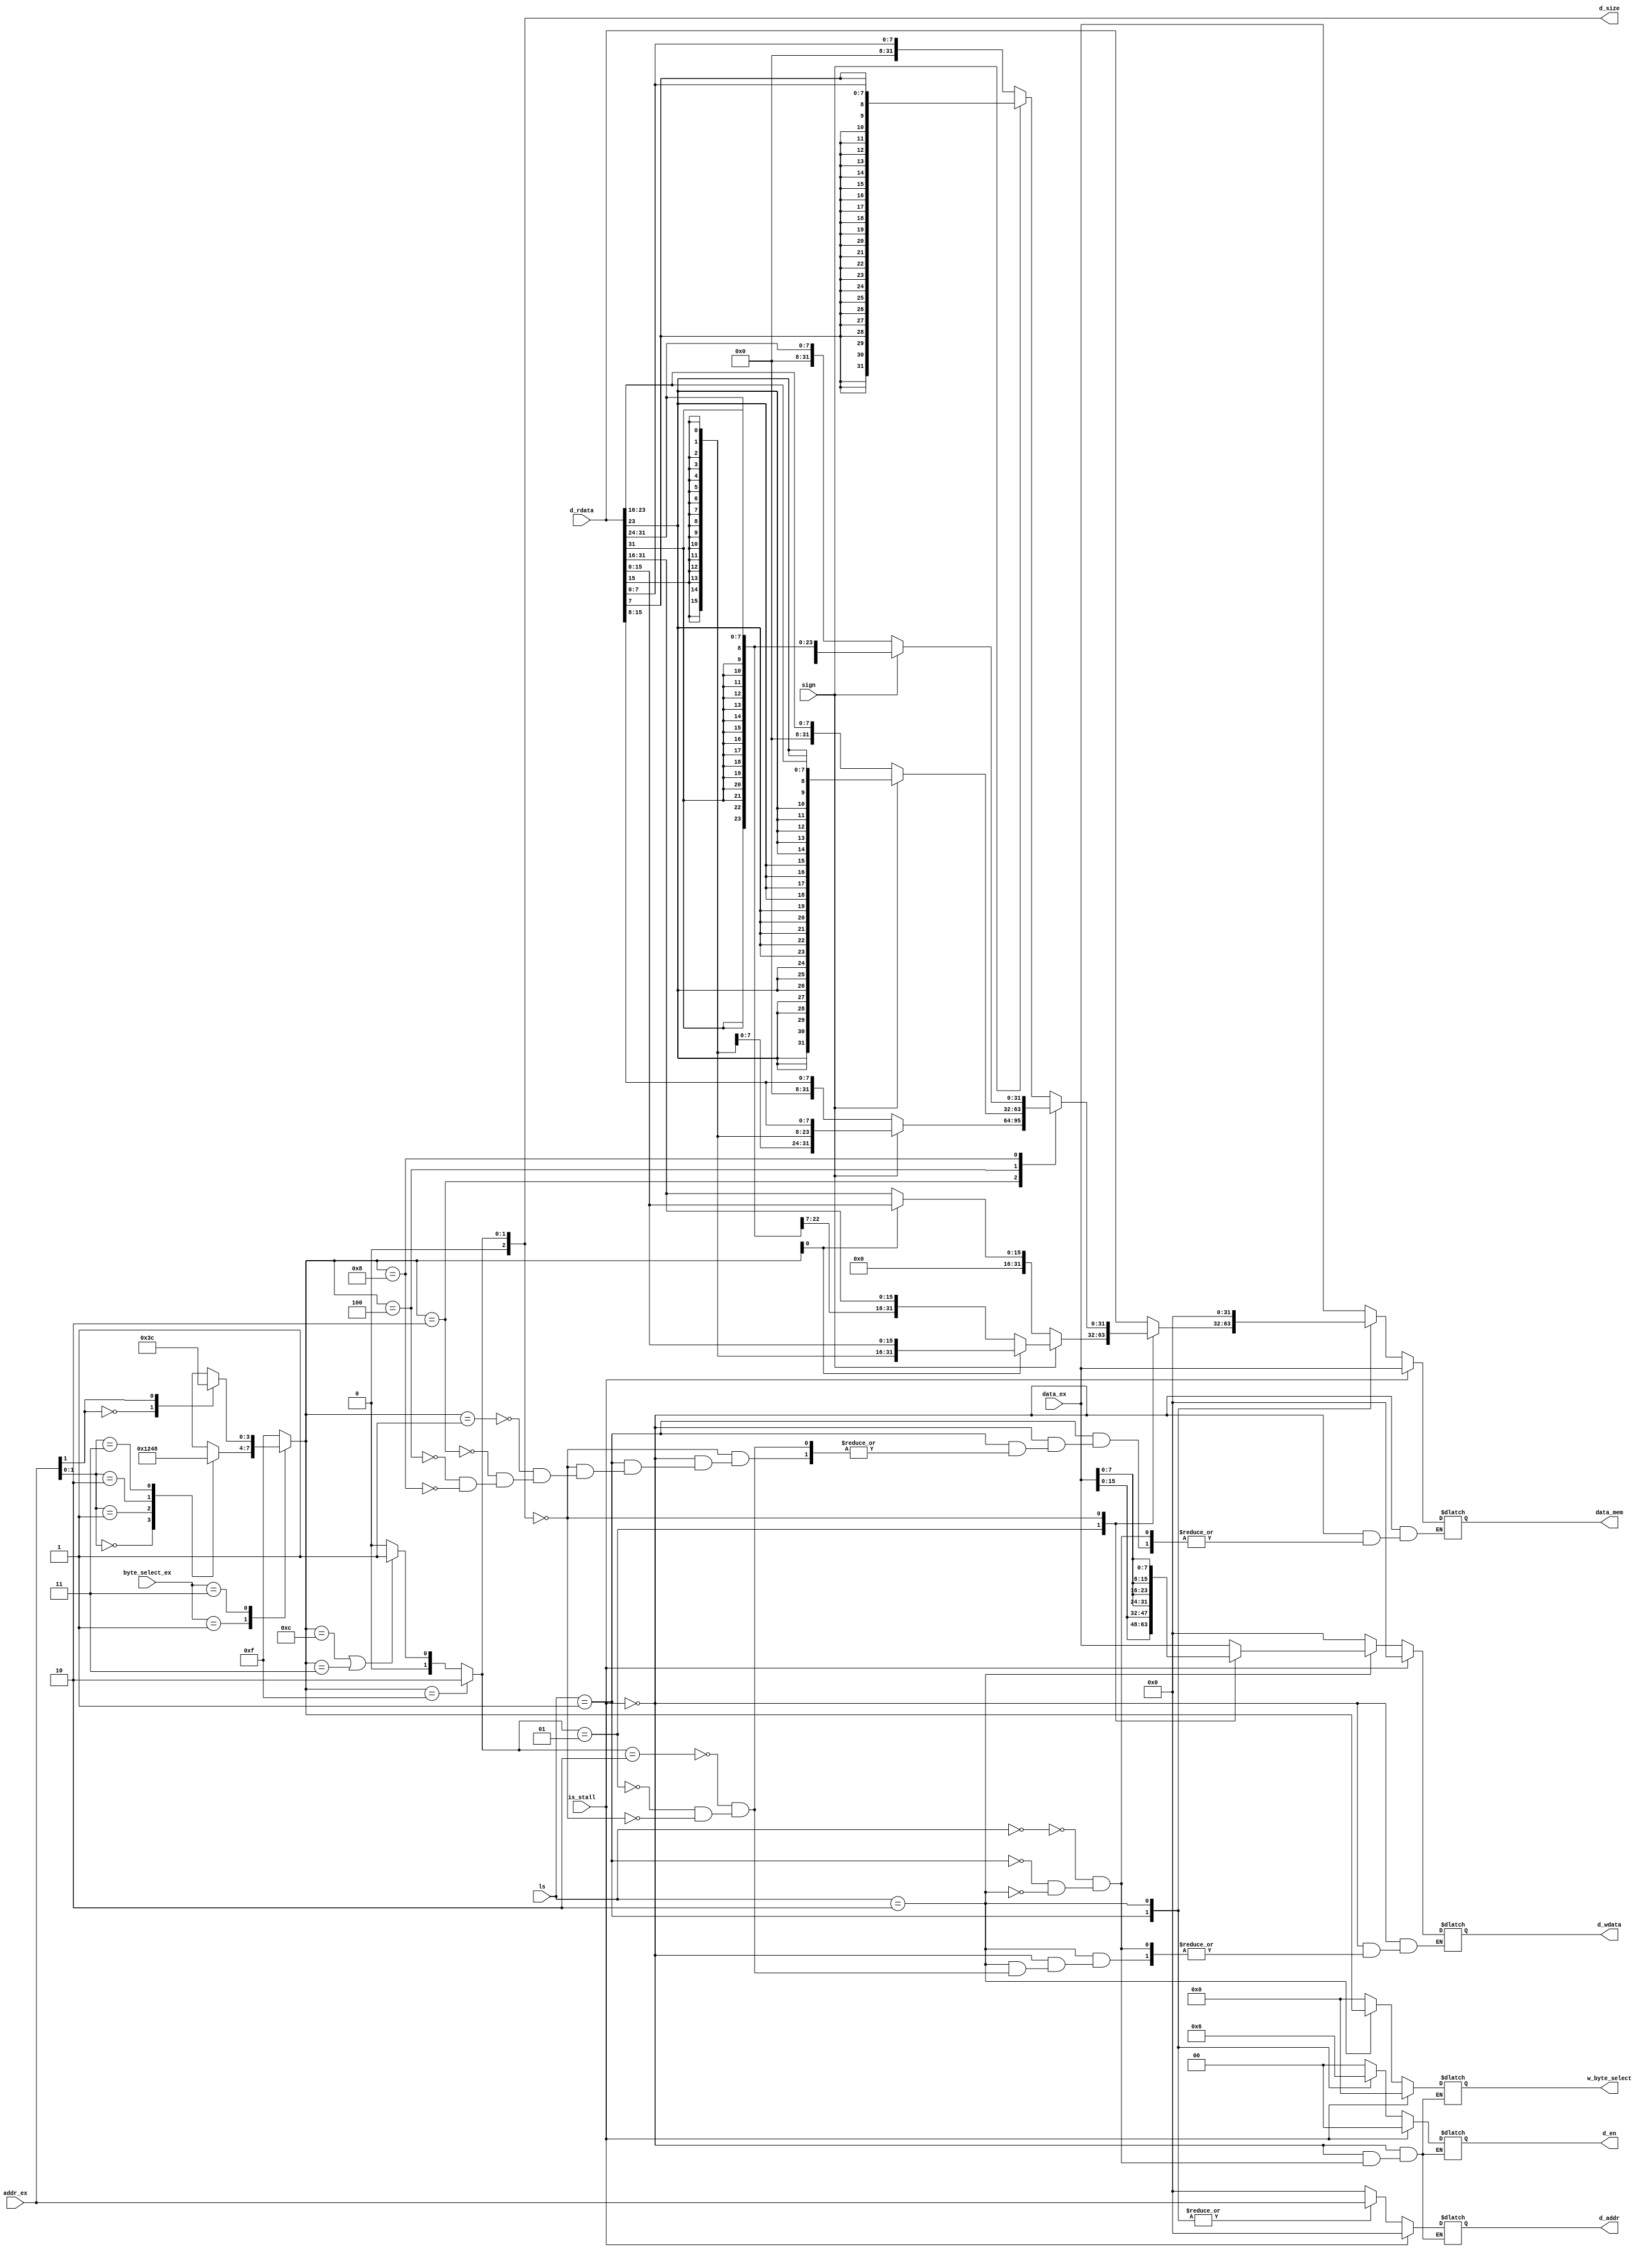
module mem(
    //to ex
    input  [31:0]  addr_ex,
    input          is_stall,
    input  [1:0]   ls,
    input  [3:0]   byte_select_ex,//w_b_s
    input  [31:0]  data_ex,
    input          sign,
    //to mmu(DCache)
    output reg [31:0]  d_addr,
    output reg [31:0]  d_wdata,
    output reg [2:0]   d_size,
    output reg [1:0]   d_en,
    output reg [3:0]   w_byte_select,
    input      [31:0]  d_rdata,
    // to wb
    output reg [31:0]  data_mem
);
    //
    reg [3:0] byte_select;
    always@(*) begin
        case(byte_select_ex) 
        //B
        4'b0001:begin
            case(addr_ex[1:0])
            2'b00: byte_select = 4'b0001;
            2'b01: byte_select = 4'b0010;
            2'b10: byte_select = 4'b0100;
            2'b11: byte_select = 4'b1000;
            endcase
        end
        //H
        4'b0011: begin
            case(addr_ex[1])
            1'b0: byte_select = 4'b0011;
            1'b1: byte_select = 4'b1100;
            endcase
        end
        //W
        4'b1111: byte_select = 4'b1111;
        default: byte_select = 4'b1111;
        endcase
    end
    //
    always@(byte_select) begin
        if(byte_select == 4'b1111) begin
            d_size   = 3'b010;
        end
        else if((byte_select == 4'b1100) || (byte_select == 4'b0011)) begin
            d_size   = 3'b001;
        end
        else if((byte_select == 4'b0001) || (byte_select == 4'b0010) || (byte_select == 4'b0100) || (byte_select == 4'b1000)) begin
            d_size   = 3'b000;
        end
        else begin
            d_size   = 3'b000;
        end
    end
    //
    always@(*) begin
        if(is_stall) begin
            data_mem = data_ex;//
            d_en     = 2'b00;
            w_byte_select    = 0;
            d_addr   = 0;
            d_wdata  = 0;
        end
        else begin
            case(ls)
            2'b00: begin
                data_mem = data_ex;
                d_en     = 2'b00;
                w_byte_select    = 0;
                d_addr   = 0;
                d_wdata  = 0;
            end
            //L
            2'b01: begin
                d_en     = 2'b01;
                w_byte_select     = 0;
                d_addr   = addr_ex;
                d_wdata  = 0;
                case(d_size)
                //LW
                3'b010: begin
                    data_mem = d_rdata;
                end
                //LHULH
                3'b001: begin
                    data_mem = sign ? (byte_select[0] ? {{16{d_rdata[15]}},d_rdata[15:0]} : {{16{d_rdata[31]}},d_rdata[31:16]}) : (byte_select[0] ? {16'b0,d_rdata[15:0]} : {16'b0,d_rdata[31:16]});
                end
                //LBULB
                3'b000: begin
                    case(byte_select)
                    4'b0001: begin
                        data_mem = sign ? {{24{d_rdata[7]}},d_rdata[7:0]} : {24'b0,d_rdata[7:0]};
                    end
                    4'b0010: begin
                        data_mem = sign ? {{24{d_rdata[15]}},d_rdata[15:8]} : {24'b0,d_rdata[15:8]};
                    end
                    4'b0100: begin
                        data_mem = sign ? {{24{d_rdata[23]}},d_rdata[23:16]} : {24'b0,d_rdata[23:16]};
                    end
                    4'b1000: begin
                        data_mem = sign ? {{24{d_rdata[31]}},d_rdata[31:24]} : {24'b0,d_rdata[31:24]};
                    end
                    endcase 
                end
                endcase
            end
            //S
            2'b10: begin
                d_en     = 2'b10;
                w_byte_select     = byte_select;
                d_addr   = addr_ex;
                data_mem = 0;
                case(d_size)
                    3'b010: begin
                        d_wdata = data_ex;
                    end
                    3'b001: begin
                        d_wdata = {2{data_ex[15:0]}};
                    end
                    3'b000: begin
                        d_wdata = {4{data_ex[7:0]}};
                    end
                endcase
            end
            endcase
        end
    end
endmodule